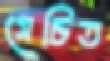
সেচিত